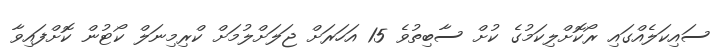
ސައިކަލެއްގައި ރޯކޮށްލިކަމުގެ ކުށް ސާބިތުވެ 15 އަހަރަށް ޖަލަށްލުމަށް ކްރިމިނަލް ކޯޓުން ކޮށްފައިވާ